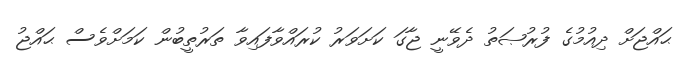
ޙައްޖަށް ދިއުމުގެ ފުރުޞަތު ދެވޭނީ ޖާގަ ކަށަވަރު ކުރައްވާފައިވާ ތަރުތީބުން ކަމަށްވެސް ޙައްޖު